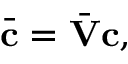
\bar { \mathbf { c } } = \bar { \mathbf { V } } \mathbf { c } ,